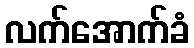
လက်အောက်ခံ